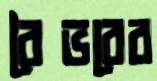
বৈভবের